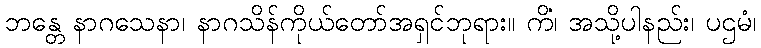
ဘန္တေ နာဂသေနာ၊ နာဂသိန်ကိုယ်တော်အရှင်ဘုရား။ ကိံ၊ အသို့ပါနည်း၊ ပဌမံ၊